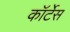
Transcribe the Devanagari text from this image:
कॉर्टेस